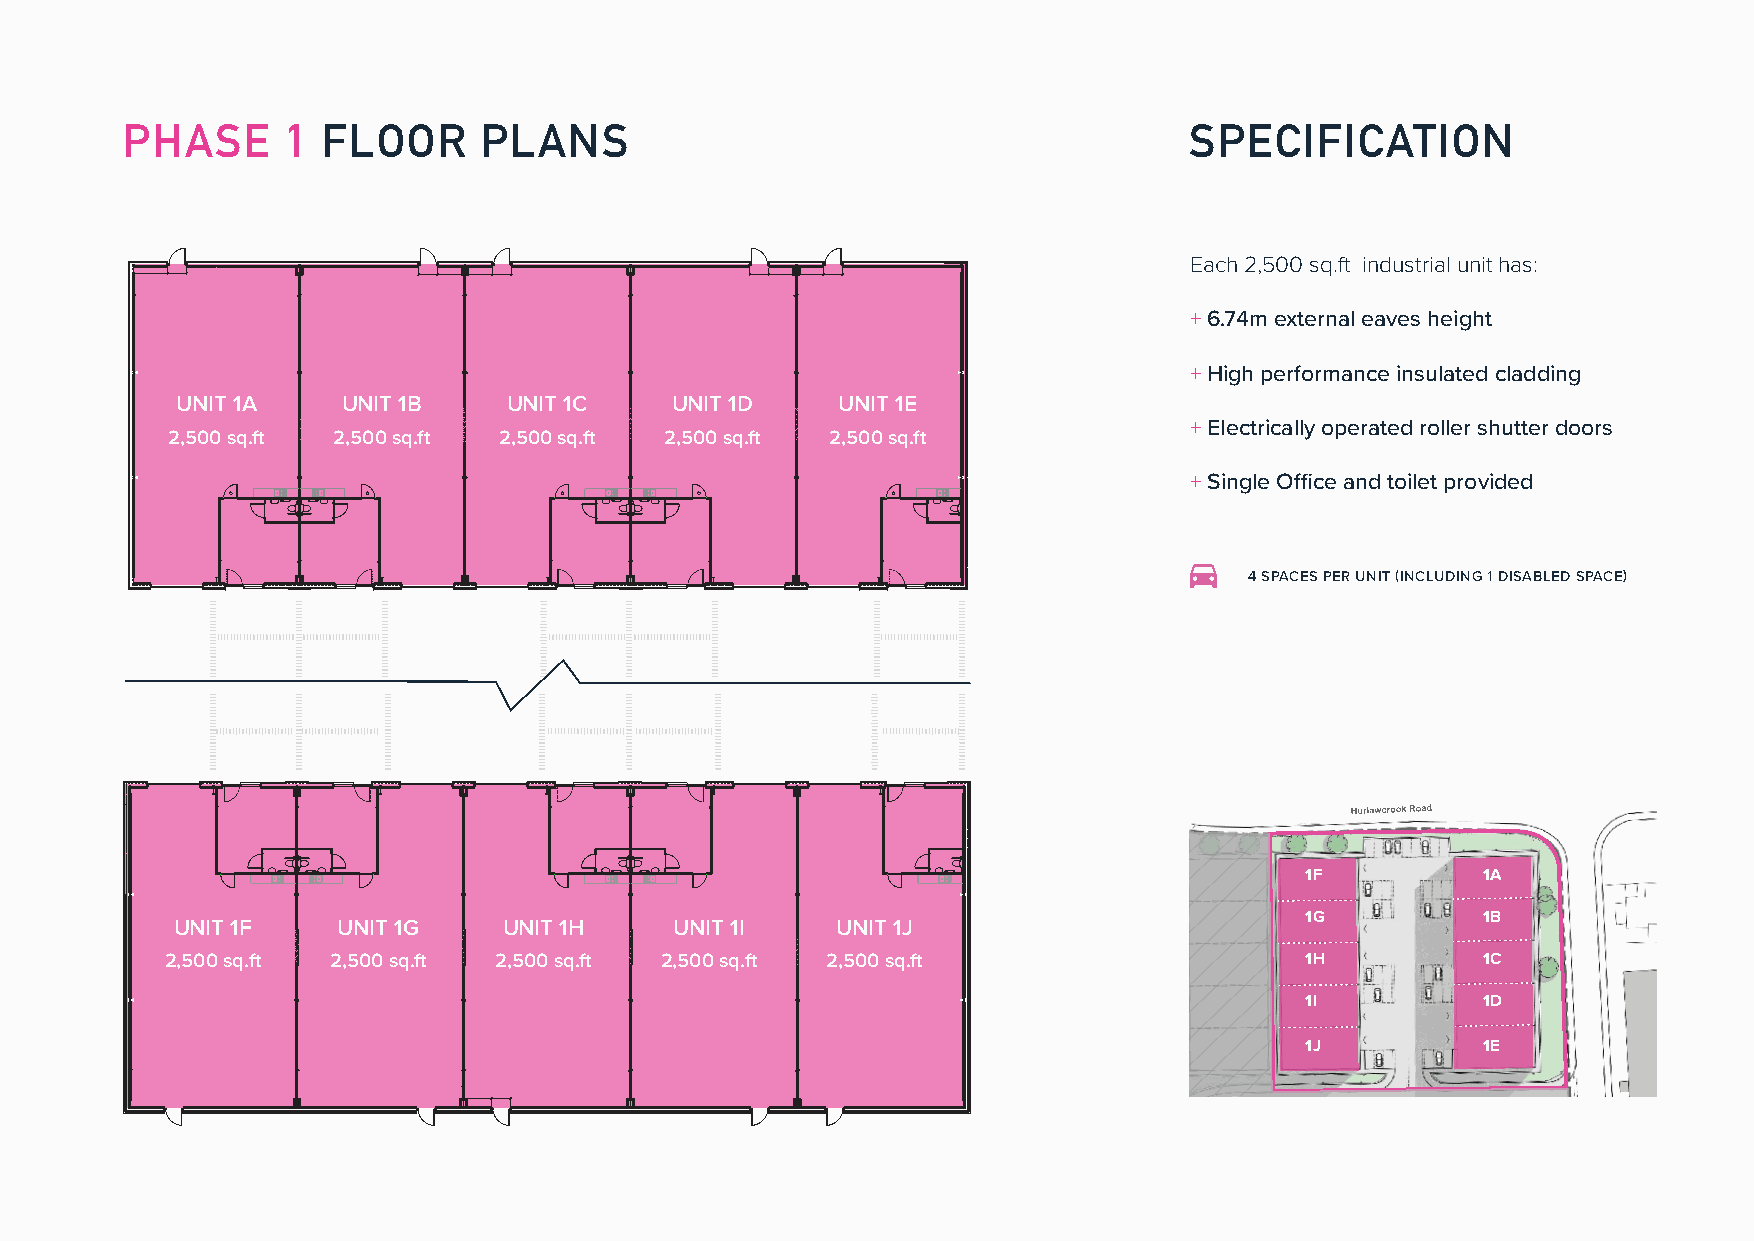
PHASE      1 FLOOR      PLANS                                          SPECIFICATION
 Each 2,500 sq.ft industrial unit has:
 + 6.74m external eaves height
 + High performance insulated cladding
 UNIT 1A    UNIT 1B    UNIT 1C   UNIT 1D     UNIT 1E
 + Electrically operated roller shutter doors
 2,500 sq.ft 2,500 sq.ft 2,500 sq.ft 2,500 sq.ft 2,500 sq.ft
 + Single Office and toilet provided
 4 SPACES PER UNIT (INCLUDING 1 DISABLED SPACE)
 1F          1A
 1G          1B
 UNIT 1F   UNIT 1G    UNIT 1H     UNIT 1I   UNIT 1J
 2,500 sq.ft 2,500 sq.ft 2,500 sq.ft 2,500 sq.ft 2,500 sq.ft                1H          1C
 1I          1D
 1J          1E